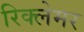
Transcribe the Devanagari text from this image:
रिक्लेमर